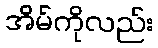
အိမ်ကိုလည်း